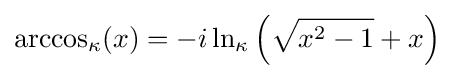
{\rm {arccos}}_{\kappa }(x)=-i\ln _{\kappa }\left({\sqrt {x^{2}-1}}+x\right)